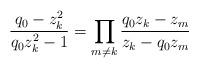
LaTeX: \begin{align*}\frac{q_0-z_k^2}{q_0z_k^2-1}=\prod_{m\neq k}\frac{q_0z_k-z_m}{z_k-q_0z_m}\end{align*}